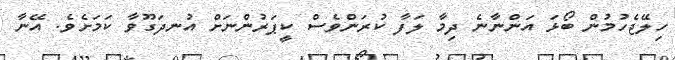
ހިލޭޖެހުމުން ބޯޅަ އަންނާނެ ދިމާ ލަފާ ކުރަންވެސް ކީޕަރުންނަށް އުނދަގޫވާ ކަމަށެވެ. އޭނާ